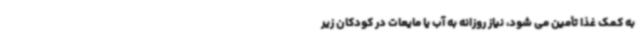
به کمک غذا تأمین می شود، نیاز روزانه به آب یا مایعات در کودکان زیر